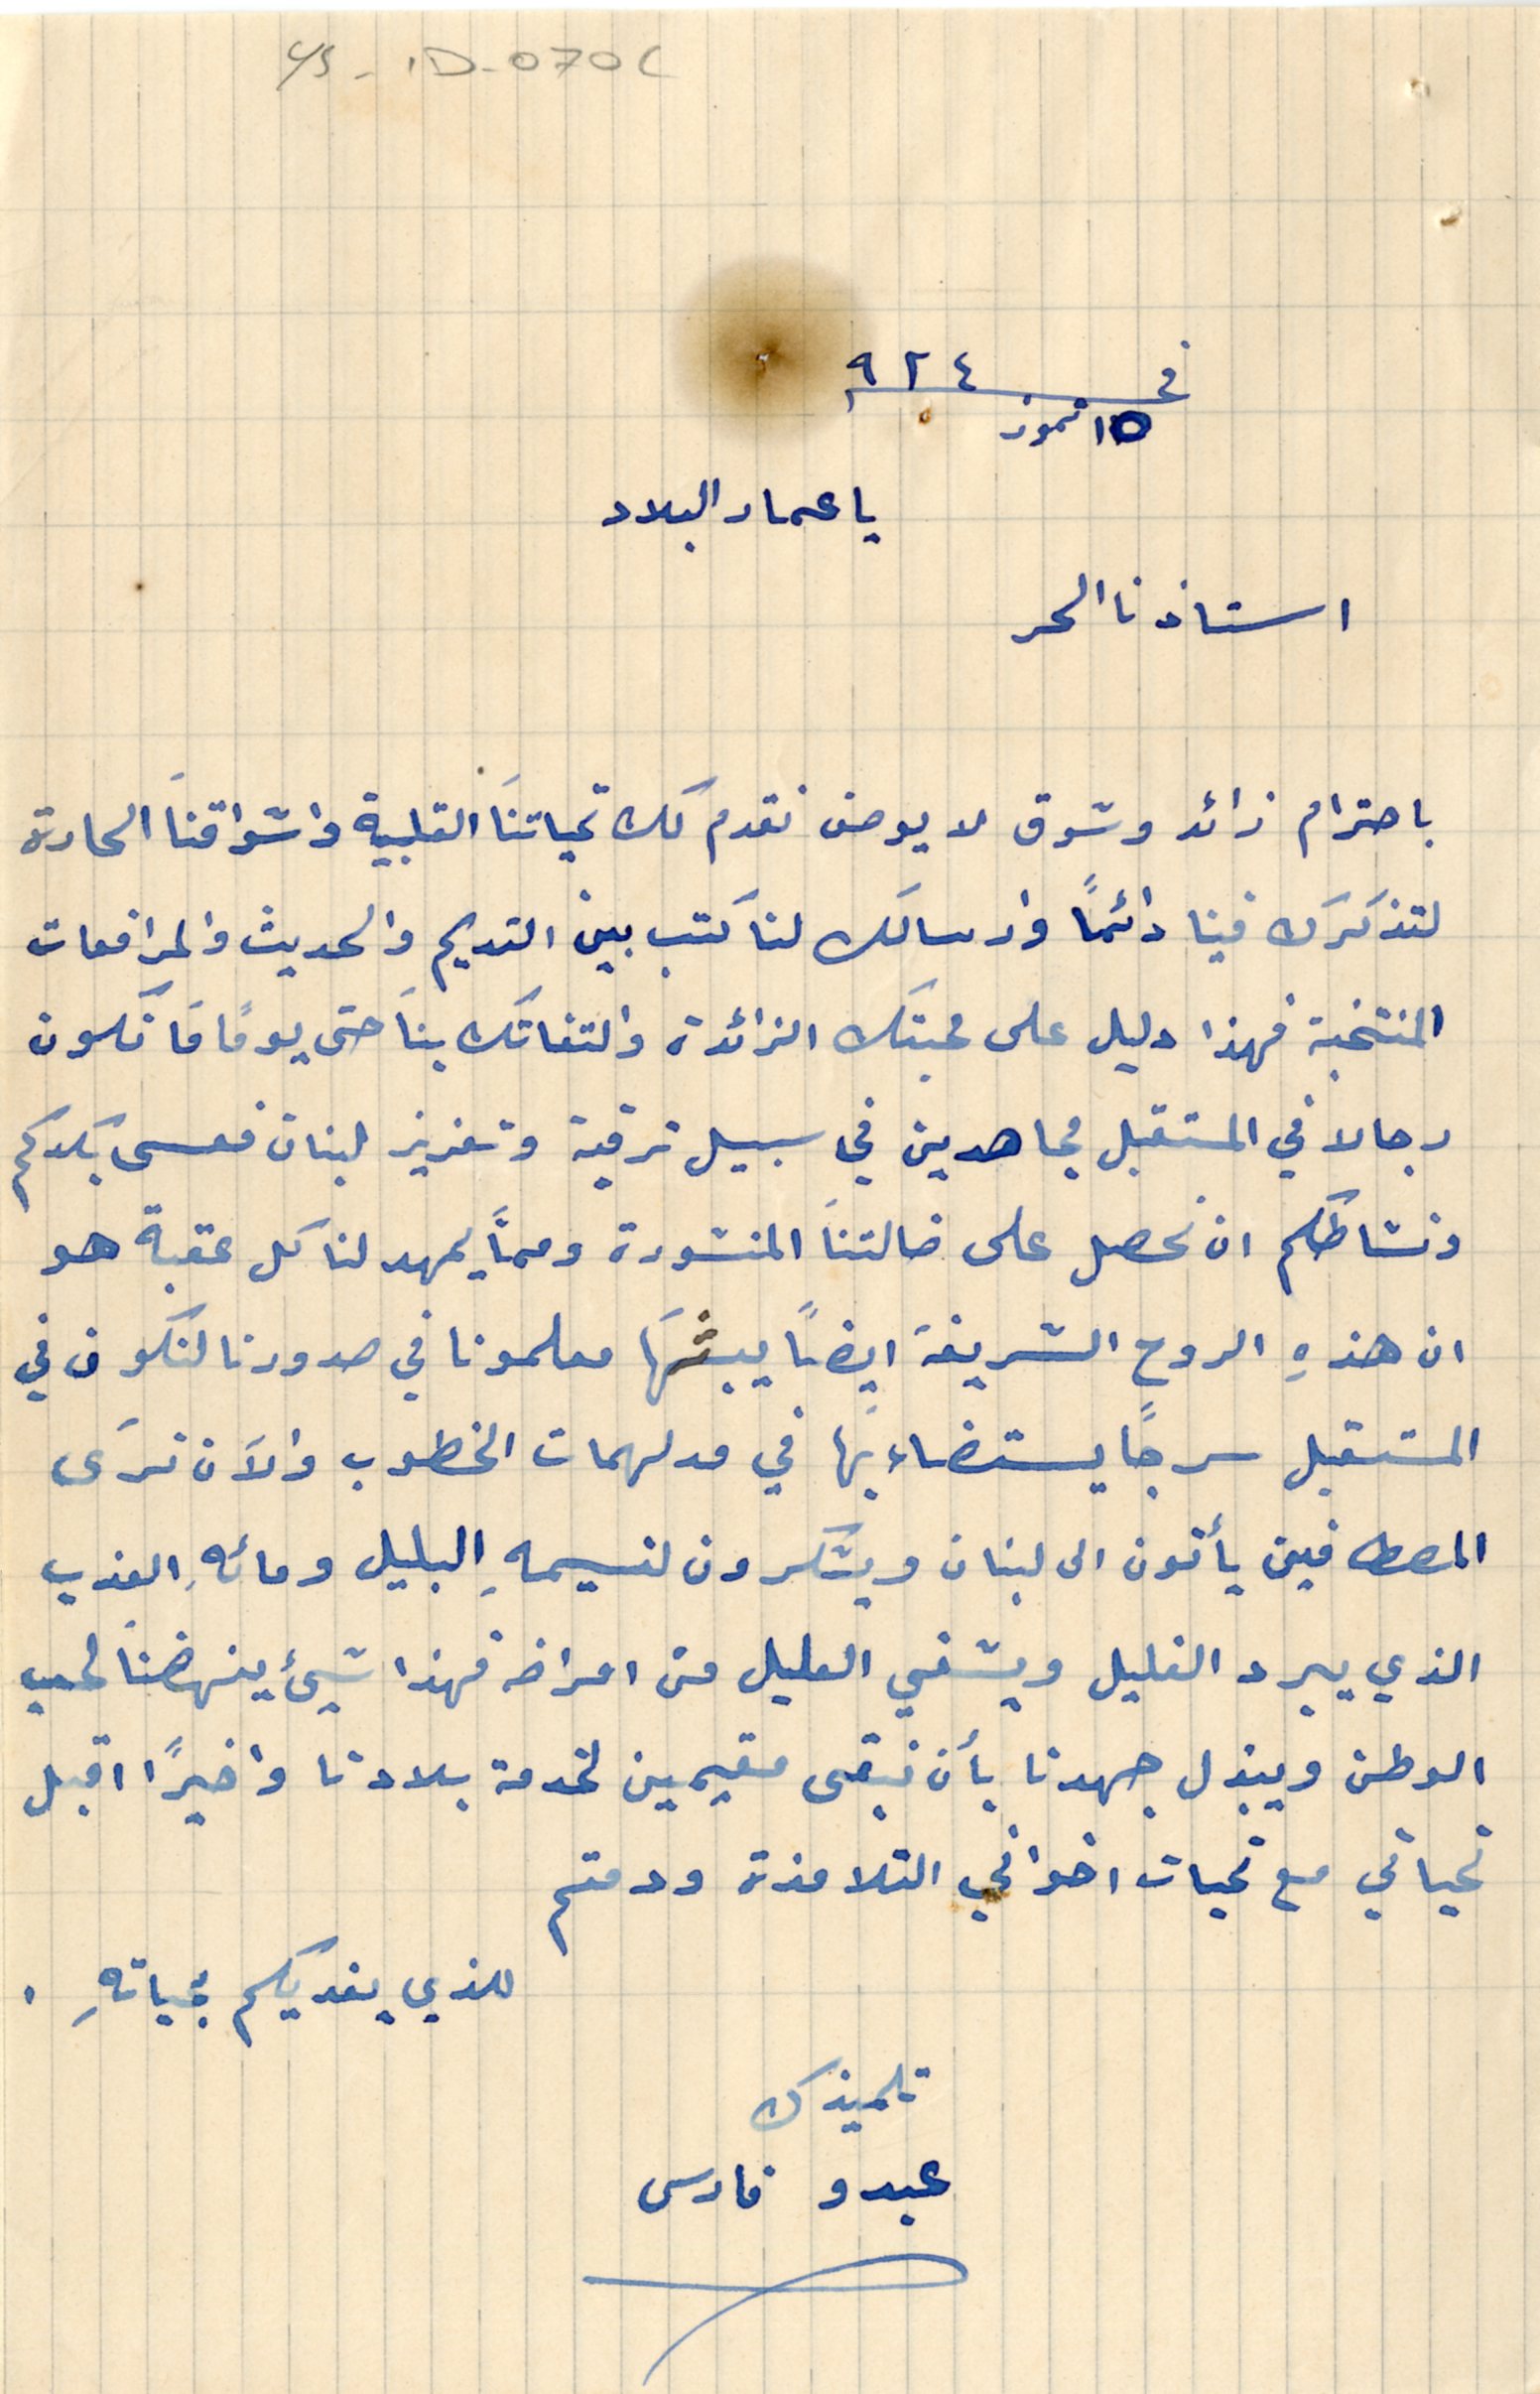
يا عماد البلاد
YS -1D -070C
فى ١٥ تموز ٩٢٤
استاذنا الحر
باحترام زائد وشوق لا يوصف نقدم لك تحياتنا القلبية واشواقنا الحارة
لتذكرك فينا دائمًا وارسالك لنا كتب بين القديم والحديث والمرافعات
المنتخبة فهذا دليل على محبتك الزائدة والتفاتك بنَا حتى يومًا ما نكون
رجالا في المستقبل مجاهدين في سبيل ترقية وتعزيز لبنان فعسى بكدكم
ونشاطكم ان نحصل على ضالتنا المنشودة وعمَا يمهد لنا كل عقبة هو
ان هذهِ الروح الشريفة ايضاً يبثهَا معلمونا في صدورنا لتكون في
المستقبل سرجاً يستضاء بها في مدلهمات الخطوب والآن ترَى
المصطافين يأتون الى لبنان ويشكرون لنسيمهِ البليل ومائهِ العذب
الذي يبرد الغليل ويشفي العليل من امراضه فهذا شيئ ينهضنا لحب
الوطن ويبذل جهدنا بأن نبقى مقيمين لخدمة بلادنا واخيرًا اقبل
تحياتي مع تحيات اخواني التلامذة ودمتم
للذي يفديكم بحياتهِ.
عبدو فارس
تلميذك